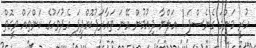
ހުރީ މަންމަ ގެނެސްފަ..! އަލްޔާ ދިއުމުން އޭނަ ތައާރަފުކޮށްދީފަ އެދުވަހުގެ ކަންތައް ވީގޮތް